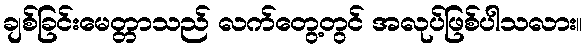
ချစ်ခြင်းမေတ္တာသည် လက်တွေ့တွင် အလုပ်ဖြစ်ပါသလား။